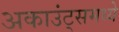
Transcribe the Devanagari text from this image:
अकाउंट्समध्ये